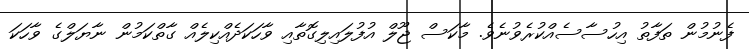
ފެނުމުން ތަފާތު އިހުސާސެއްކުރެވުނެވެ. މާކަސް ޖޫލް އުފުލައިލިގޮތާއި ވާހަކަދެއްކިލެއް ގާތްކަމުން ނާޔަލްގެ ވާހަކަ